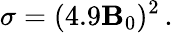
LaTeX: \sigma=(4.9\mathbf{B}_{0})^{2}\, .